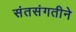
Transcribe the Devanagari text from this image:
संतसंगतीने